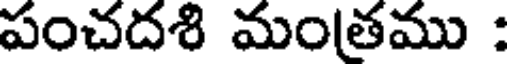
పంచదశి మంతము :